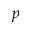
p